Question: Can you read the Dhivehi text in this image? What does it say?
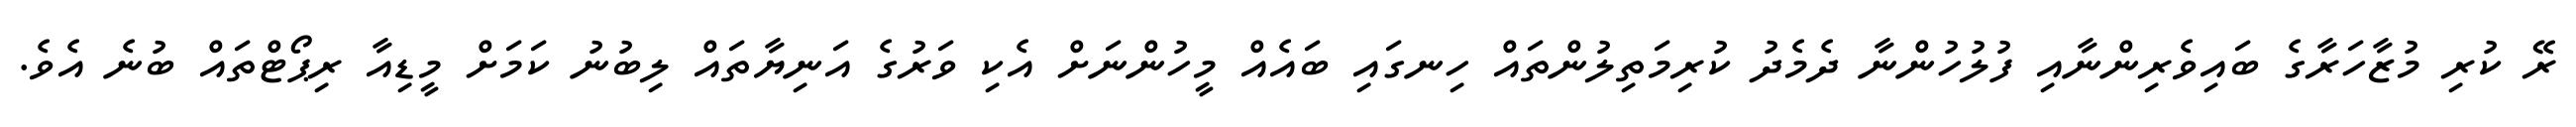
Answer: ރޭ ކުރި މުޒާހަރާގެ ބައިވެރިންނާއި ފުލުހުންނާ ދެމެދު ކުރިމަތިލުންތައް ހިނގައި ބައެއް މީހުންނަށް އެކި ވަރުގެ އަނިޔާތައް ލިބުނު ކަމަށް މީޑިއާ ރިޕޯޓްތައް ބުނެ އެވެ.